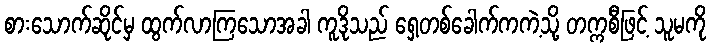
စားသောက်ဆိုင်မှ ထွက်လာကြသောအခါ ကူဒိုသည် ရှေ့တစ်ခေါက်ကကဲ့သို့ တက္ကစီဖြင့် သူမကို